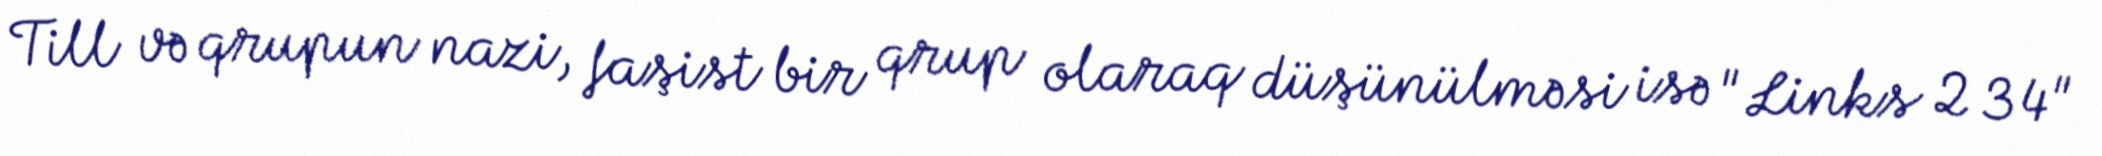
Till və qrupun nazi, faşist bir qrup olaraq düşünülməsi isə "Links 2 3 4"